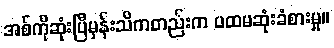
အစ်ကိုဆုံးပြီမှန်းသိကတည်းက ပထမဆုံးခံစားမှု။